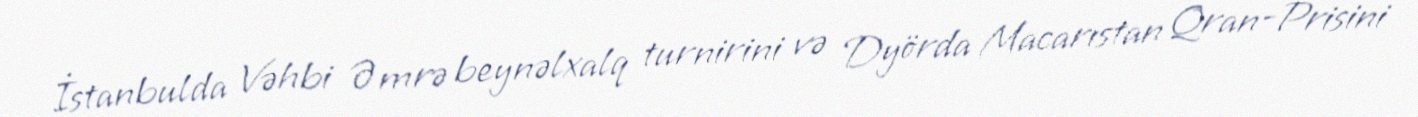
İstanbulda Vəhbi Əmrə beynəlxalq turnirini və Dyörda Macarıstan Qran-Prisini